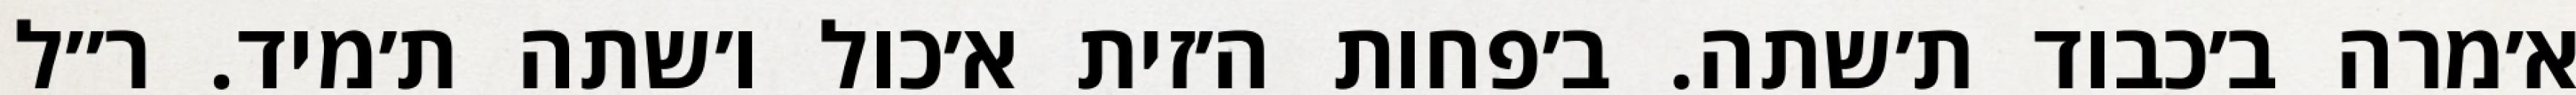
א׳מרה ב׳כבוד ת׳שתה. ב׳פחות ה׳זית א׳כול ו׳שתה ת׳מיד. ר״ל